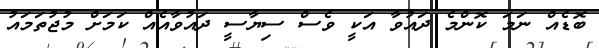
ބޮޑެއް ނަމަ ކޮންމެ ދައުވާ އަކީ ވެސް ސިޔާސީ ދައުވާއެއް ކަމަށް މުޖުތަމައު